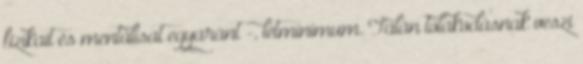
fizikait és mentálisat egyaránt -, létminimum. Talán tolakodásnak veszi